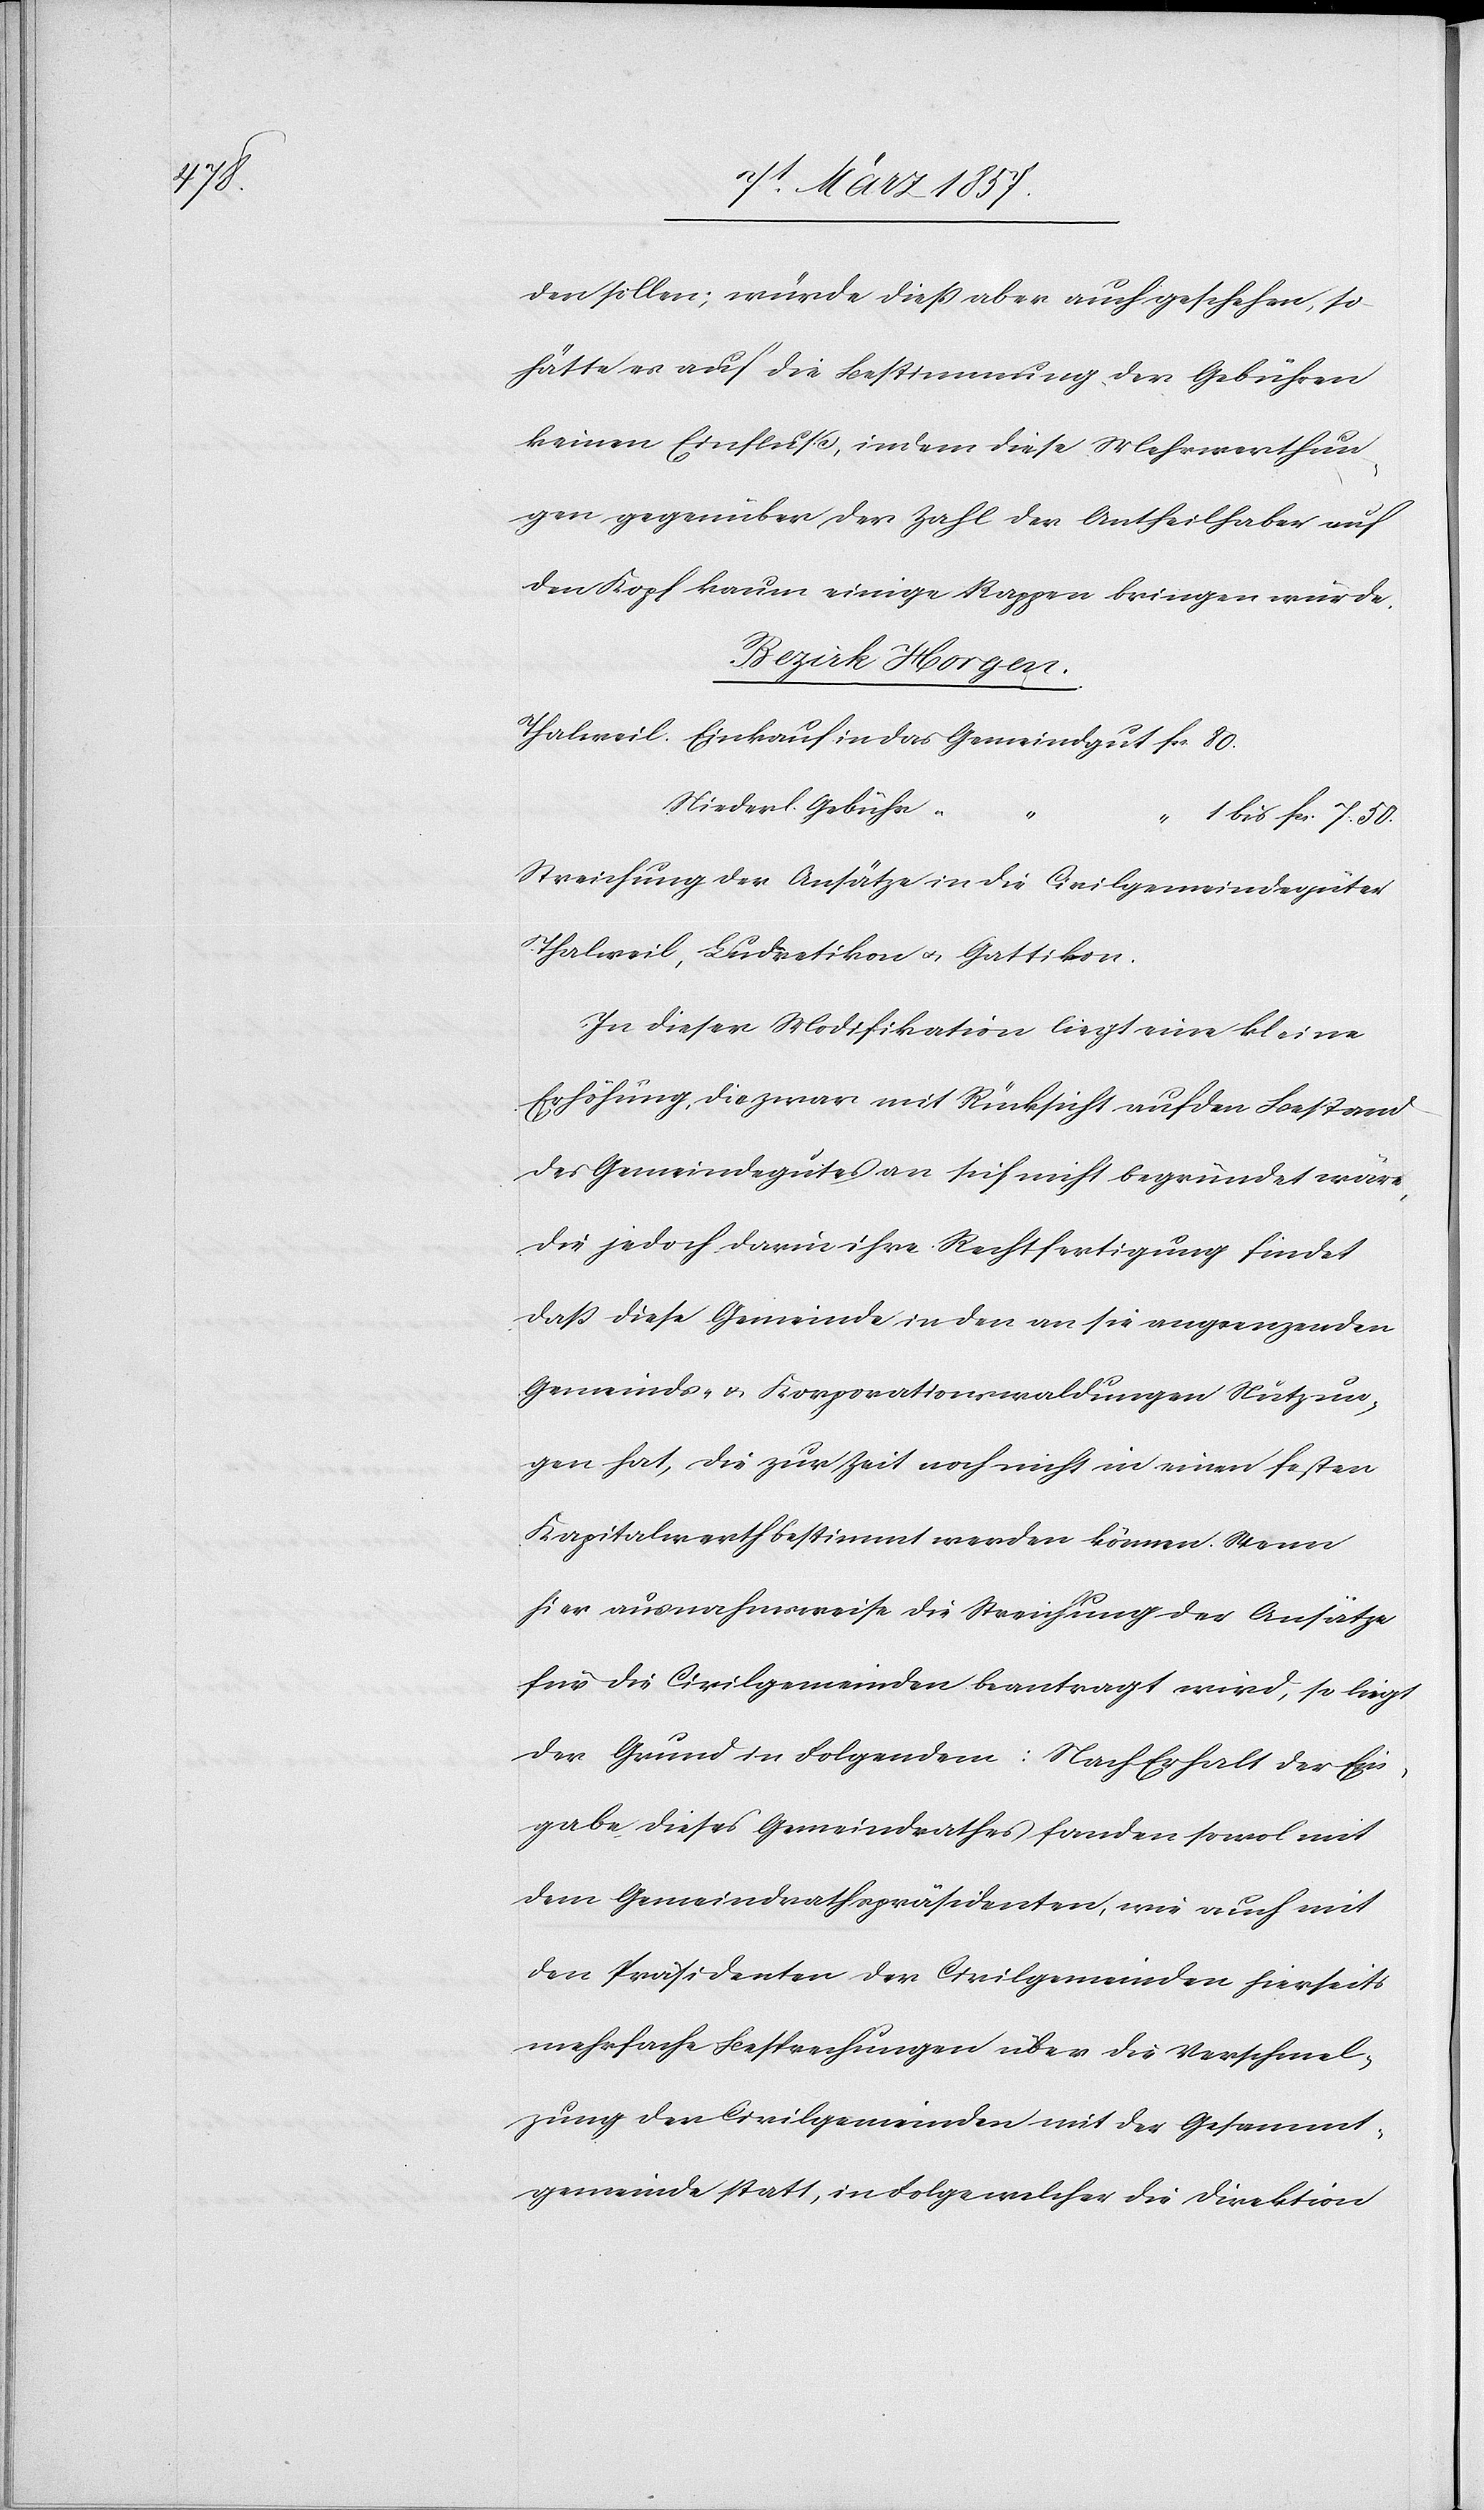
den sollen; würde dieß aber auch geschehen, so
hätte es auf die Bestimmung der Gebühren
keinen Einfluß, indem diese Mehrwerthun¬
gen gegenüber der Zahl der Antheilhaber auf
den Kopf kaum einige Rappen bringen würde.
Bezirk Horgen.
Thalweil	Einkauf 	in das Gemeindgut	fr. 80.
Niederl. Gebühr
“ 1 bis fr. 7. 50.
Streichung der Ansätze in die Civilgemeindegüter
Thalweil, Ludretikon u. Gattikon.
In dieser Modifikation liegt eine kleine
Erhöhung, die zwar mit Rücksicht auf den Bestand
des Gemeindegutes an sich nicht begründet wäre,
die jedoch darin ihre Rechtfertigung findet,
daß diese Gemeinde in den an sie angrenzenden
Gemeinds- u. Korporationswaldungen Nutzun¬
gen hat, die zur Zeit noch nicht in einen festen
Kapitalwerth bestimmt werden können. Wenn
hier ausnahmsweise die Streichung der Ansätze
für die Civilgemeinden beantragt wird, so liegt
der Grund in Folgendem: Nach Erhalt der Ein¬
gabe dieses Gemeindrathes fanden sowol mit
dem Gmeindrathspräsidenten, wie auch mit
den Präsidenten der Civilgemeinden hierseits
mehrfache Besprechungen über die Verschmel¬
zung der Civilgemeinden mit der Gesammt¬
gemeinde statt, in Folge welcher die Direktion